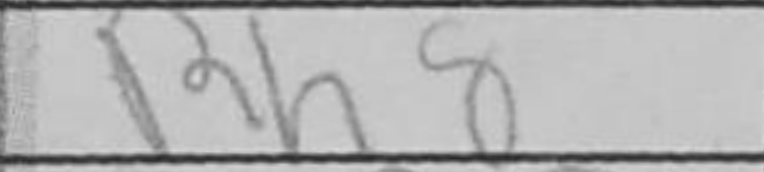
Transcription: Rh8